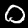
Digit: 0